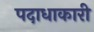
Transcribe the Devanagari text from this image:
पदाधाकारी